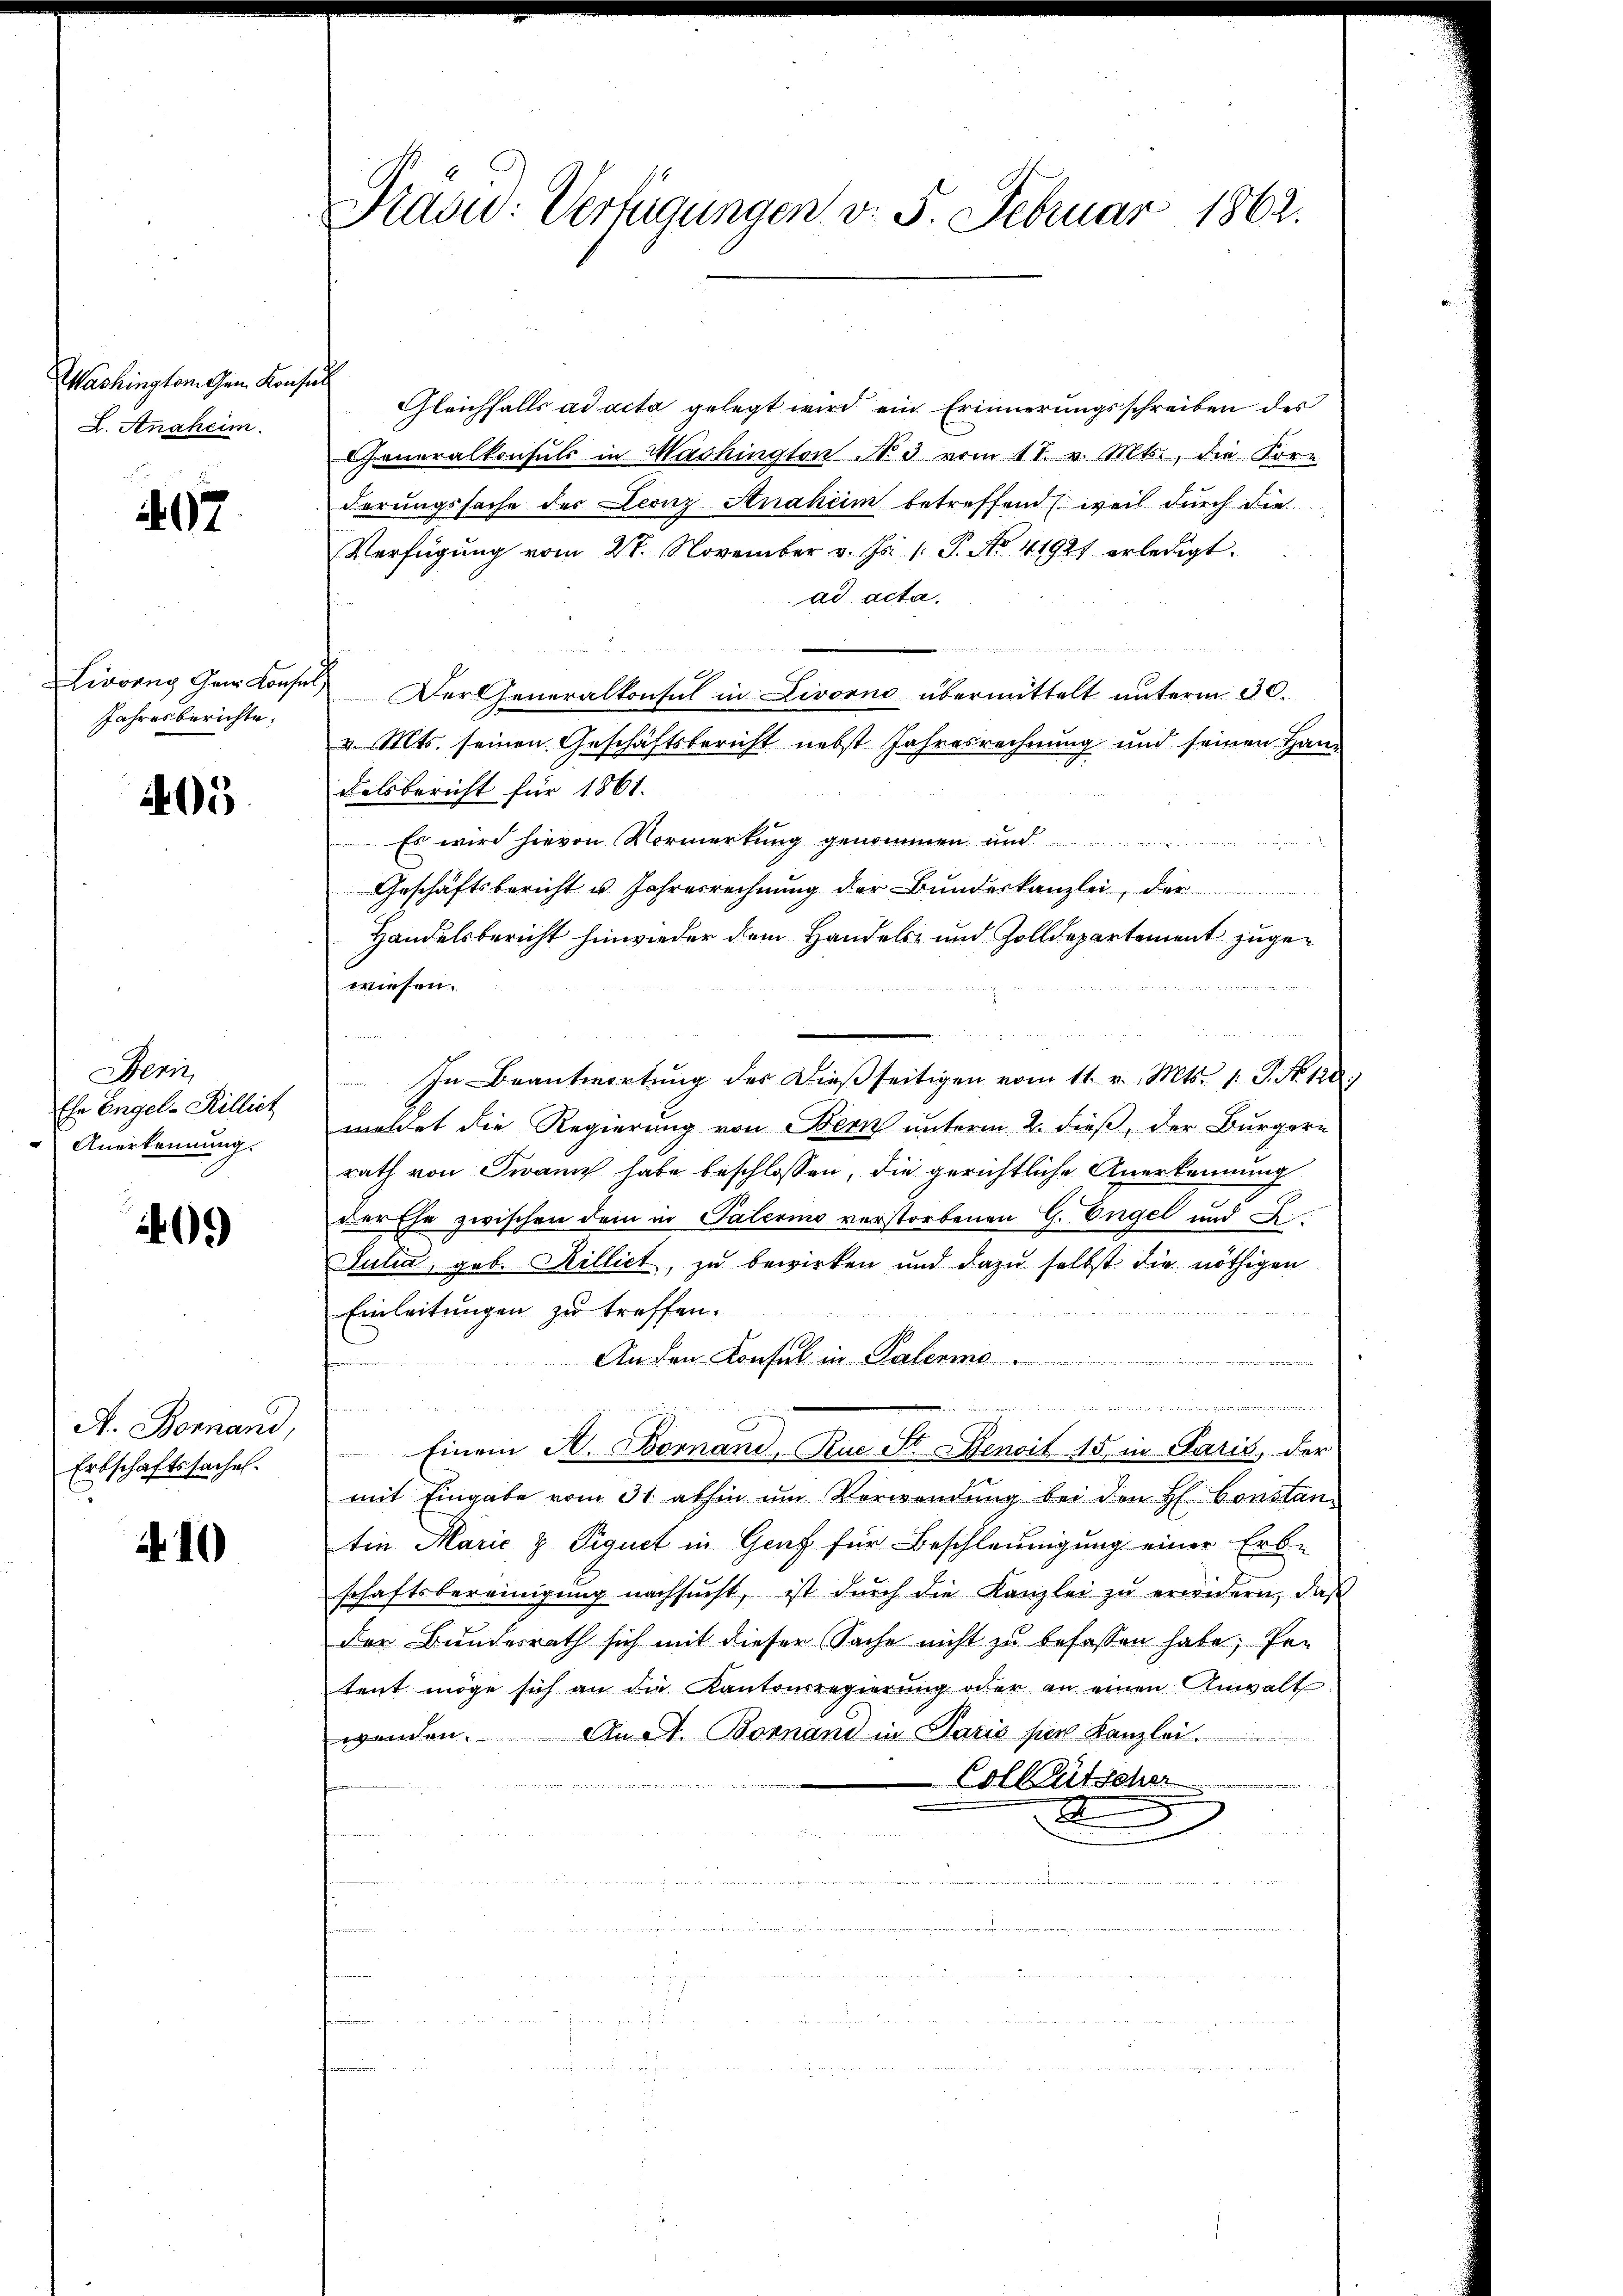
Washington Gem. Konse
X. Anaheim.

497.

ivorng Gei Konse
Jahresberichte,

205

Dern
Ehe Engel-Killict
Anerkennung.

409)

A. Bornand,
Erbschaftssache.

410

Fraou: Verfügungen, v. 5. Februar 1862.

Gleichfalls ad acta gelegt wird ein Erinnerungsschreiben des
Generalkonsuls in Machington No 3 vom 11. v. Mts., die For-
derungssache der Leonz Anaheim betreffend (weil durch die
Verfügŭng vom 28. November v. Js. 1. P. No. 41921 erledigt.
ad acta.
Der Generalkonsul in Livorne übermittelt unterm 30.
v. Mts. seinen Geschäftsbericht nebst Jahresrechnung und seinen Han-
Felsbericht für 1861.
Es wird hievon Vormerkung genommen und
Geschäftsbericht u. Jahresrechnung der Bundeskanzlei, der
Handelsbericht hinwieder dem Handels- und Zolldepartement zugewiesen.

In Beantwortung des dießseitigen vom 11. v. Mts. 1. P. Nr. 128.
meldet die Regierung von Bern unterm 2. dieß, der Bürgern
rath von Twann habe beschlossen, die gerichtliche Anerkennung
der Ehe zwischen dem in Palerino verstorbenen G. Engel und L.
Sulia, geb. Rillict, zu bewirken und dazu selbst die nöthigen
Einleitungen zu treffen.
An den Konsul in Palermo
¬
u
Einem St. Bornand, Rue St. Benoit 15. in Paris, der
mit Eingabe vom 31. abhin um Verwendung bei den H. Constantin Marie & Piquet in Genf für Beschleunigung einer Erbe
schaftsbereinigŭng nachsucht, ist dŭrch die Kanzlei zŭ erwidern, daβ
der Bundesrath sich mit dieser Sache nicht zu befassen habe; Per
tent möge sich an die Kantonsregierung oder an einen Anwalt
An A. Bornand in Paris per Kanzlei
e
Colletscher
d
n